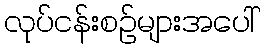
လုပ်ငန်းစဉ်များအပေါ်